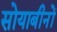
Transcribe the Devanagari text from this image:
सोयाबीनों